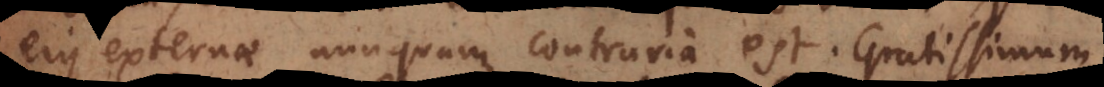
ejus externae nunquam contraria est. Gratissimum